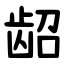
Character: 龆